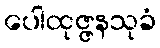
ပေါထုဇ္ဇနသုခံ